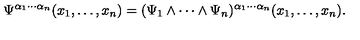
\Psi ^ { \alpha _ { 1 } \cdots \alpha _ { n } } ( x _ { 1 } , \ldots , x _ { n } ) = ( \Psi _ { 1 } \wedge \cdots \wedge \Psi _ { n } ) ^ { \alpha _ { 1 } \cdots \alpha _ { n } } ( x _ { 1 } , \ldots , x _ { n } ) .